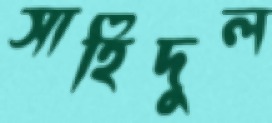
সাহিদুল